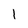
Character: 1